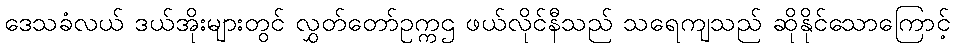
ဒေသခံလယ် ဒယ်အိုးများတွင် လွှတ်တော်ဥက္ကဌ ဖယ်လိုင်နီသည် သရေကျသည် ဆိုနိုင်သောကြောင့်